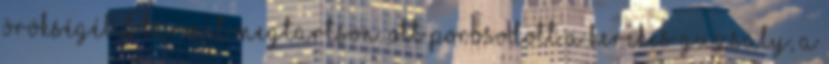
örökségébıl bármit megtartson. Ott porosodott a kerekes guzsaly, a